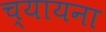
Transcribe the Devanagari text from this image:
च्यायना